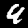
Digit: 9